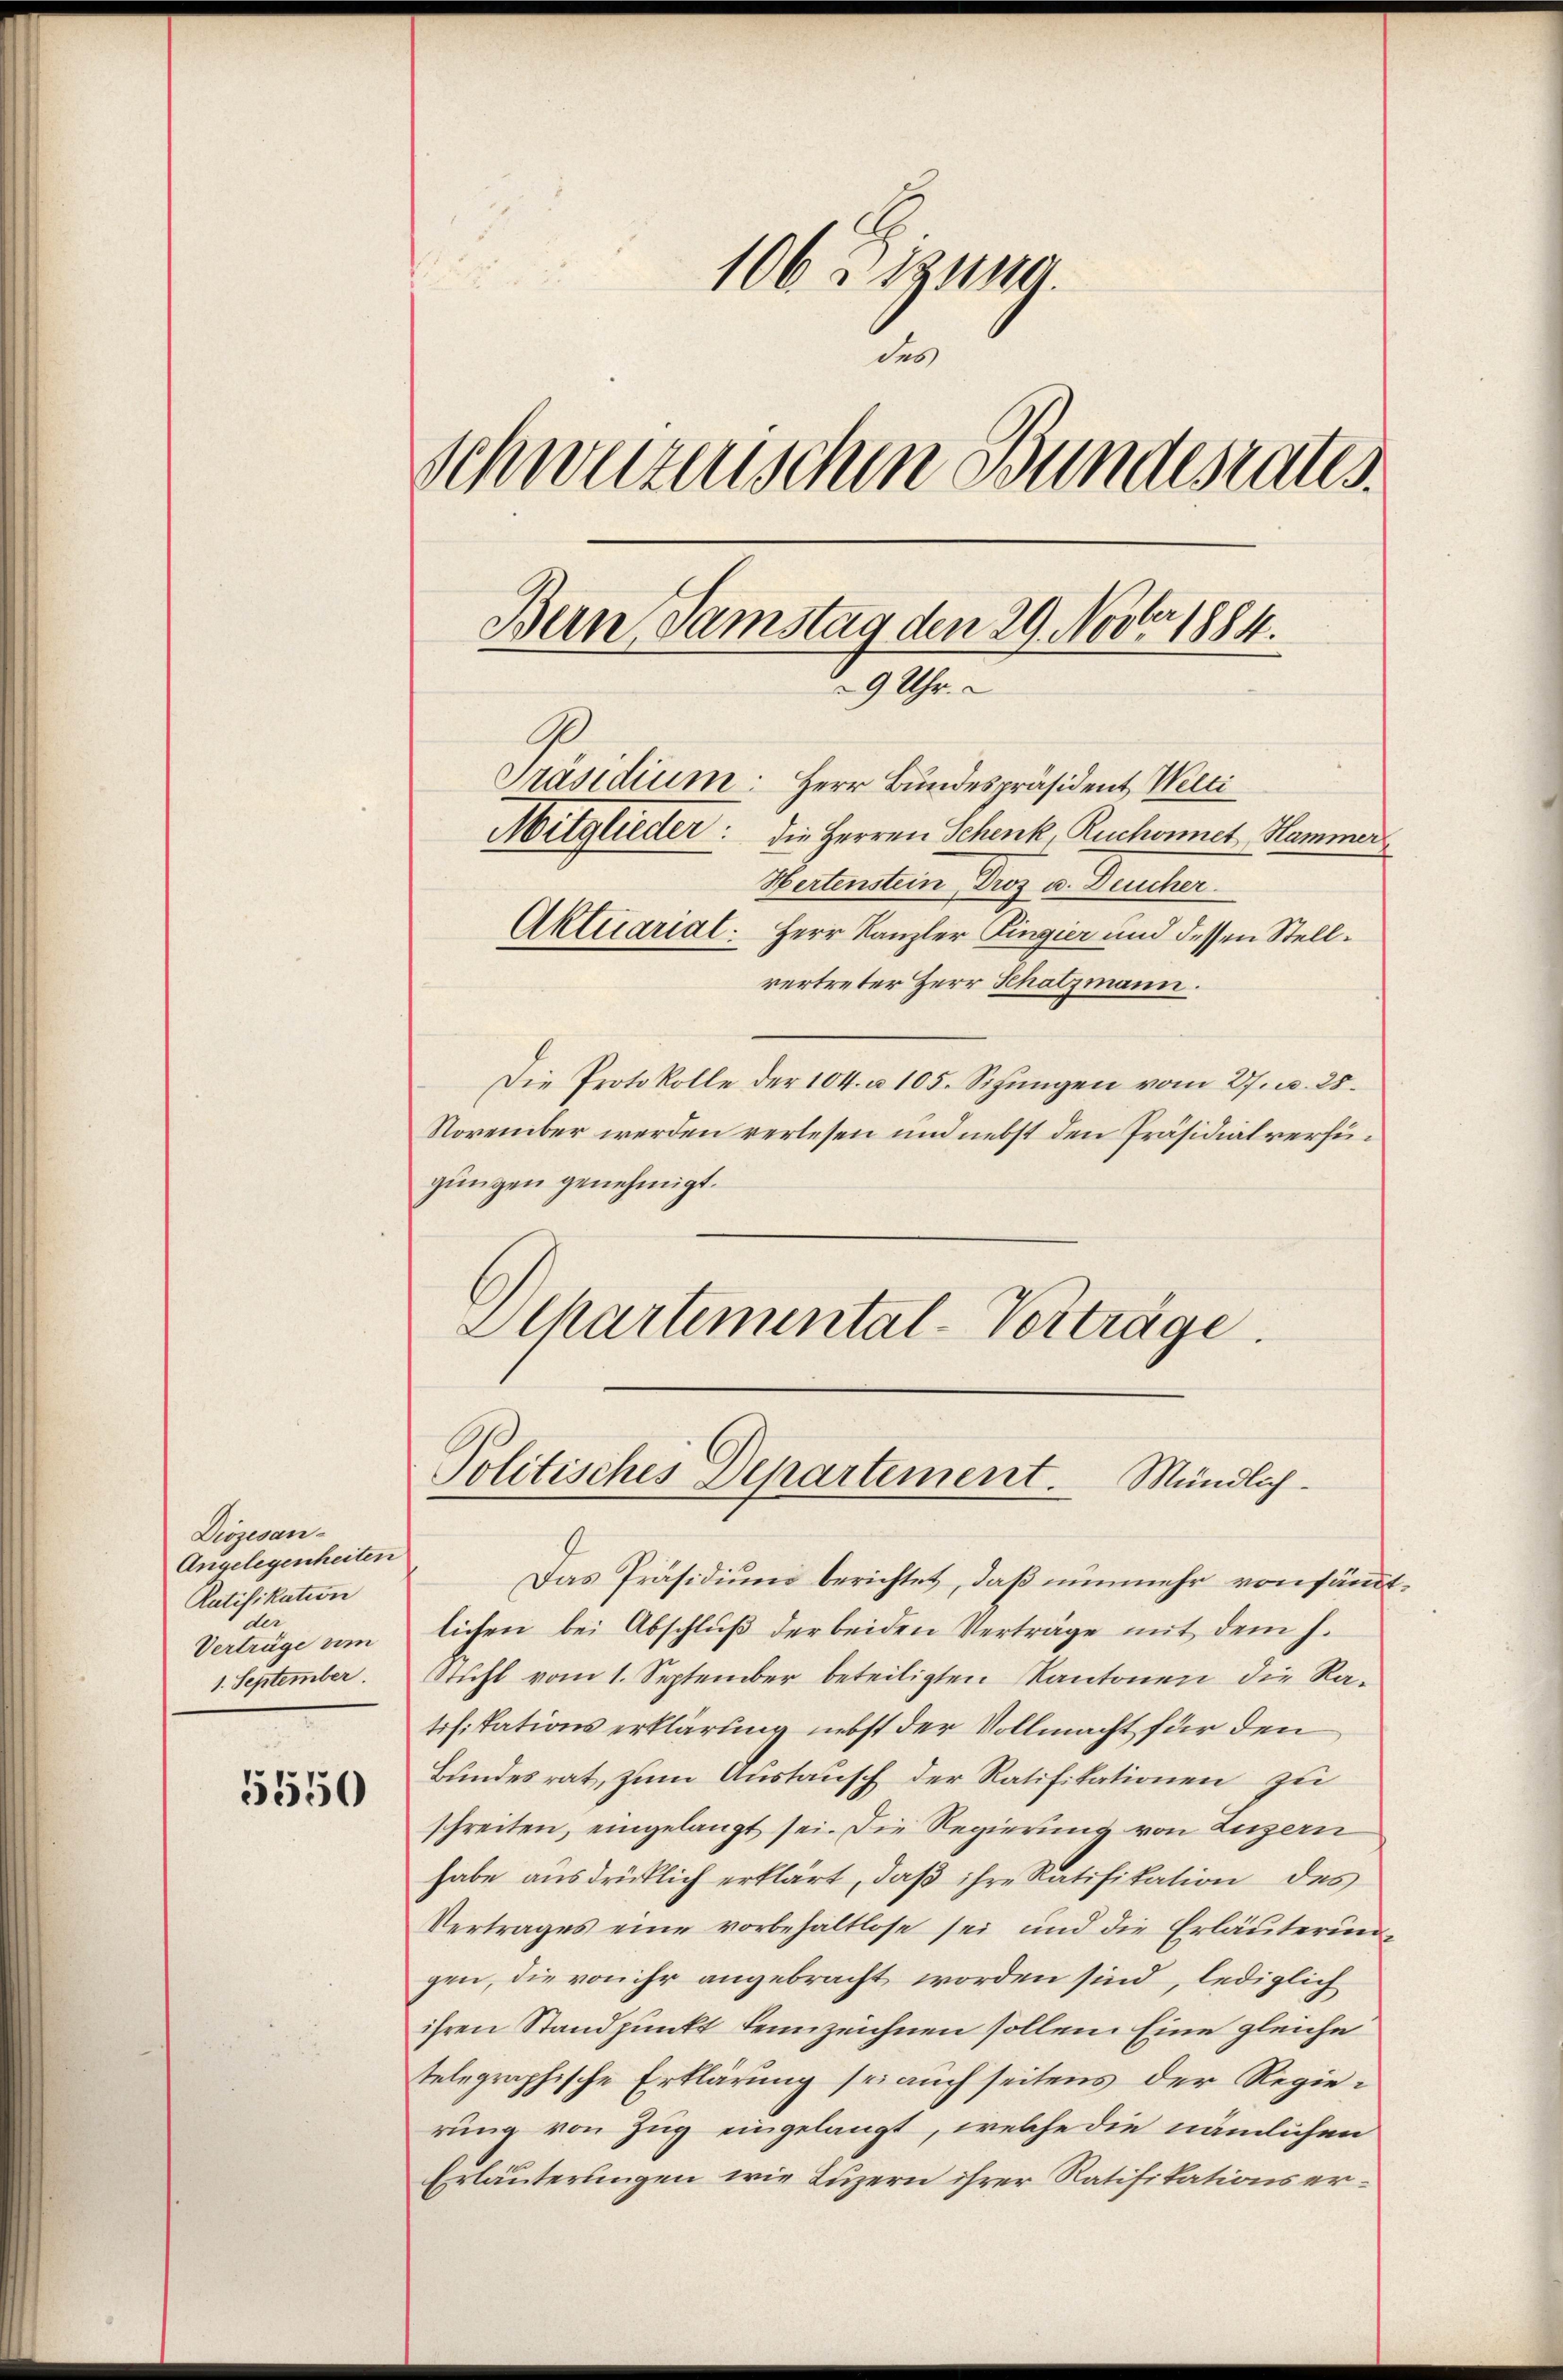
Diözesan¬
Angelegenheiten
Ratifikation
der
Vertrüge vom
1. September

5550

106 Z. 12110.
des
Schweizerischen Bundesrates.
Bern, Samstag den 29. Novber 1884.
9 Uhr.
G
Präsidium Herr Bundespräsident Welti
Mitglieder: die Herren Schenk, Ruchonnet, Hammer
Hertenstein, Dros u. Deucher.
Aktuarial. Herr Kanzler Fingier und dessen Stell¬

vertreter Herr Schatzmann.
Die Protokolle der 104. u. 105. Schŭngen vom 27. u. 25.
November werden verlesen und nebst den Präsidialverfügungen genehmigt.
Atkartemental-Vorträge.

Politisches Departement. Mündlich¬

Das Präsidium berichtet, daß nunmehr von sämmtlichen bei Abschlŭβ der beiden Verträge mit dem J.
Stuhl vom 1. September beteiligten Kantonen die Ratifikations erklärung nebst der Vollmacht für den
Bundesrat, zum Austausch der Ratifikationen zu
schreiten, eingelangt sei. Die Regierung von Luzern
habe aŭsdrücklich erklärt, daβ ihre Ratifikation des
Vertrages eine vorbehaltlose sei und die Erläuterungen, die von ihr angebracht worden sind, lediglich
ihren Standpunkt kennzeichnen sollen. Eine gleiche
telegraphische Erklärung sei auch seitens der Regierung von Zug eingelangt, welche die nämlichen
Erläuterungen wie Luzern ihrer Ratifikations er¬